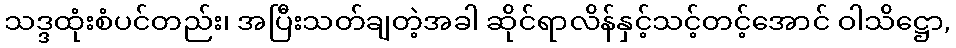
သဒ္ဒထုံးစံပင်တည်း၊ အပြီးသတ်ချတဲ့အခါ ဆိုင်ရာလိန်နှင့်သင့်တင့်အောင် ဝါသိဋ္ဌော,